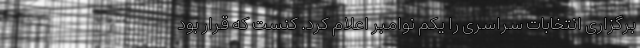
برگزاری انتخابات سراسری را یکم نوامبر اعلام کرد. کنست که قرار بود